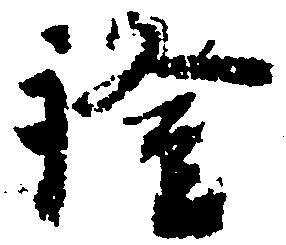
証